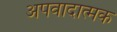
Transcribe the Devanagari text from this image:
अपवादात्मक